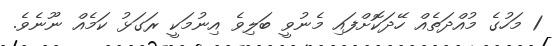
1 މަހުގެ މުއްދަތެއް ހޭދަކޮށްފައި މެނުވީ ބަލިވެ އިނުމަކީ ރަގަޅު ކަމެއް ނޫނެވެ.